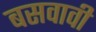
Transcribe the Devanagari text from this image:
बसवावी